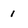
Character: I